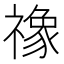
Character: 𮂚